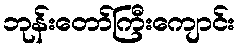
ဘုန်းတော်ကြီးကျောင်း